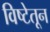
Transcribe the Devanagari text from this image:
विष्टेतून